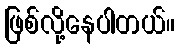
ဖြစ်လို့နေပါတယ်။